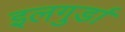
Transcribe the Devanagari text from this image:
इलगुर्डा